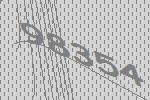
98354